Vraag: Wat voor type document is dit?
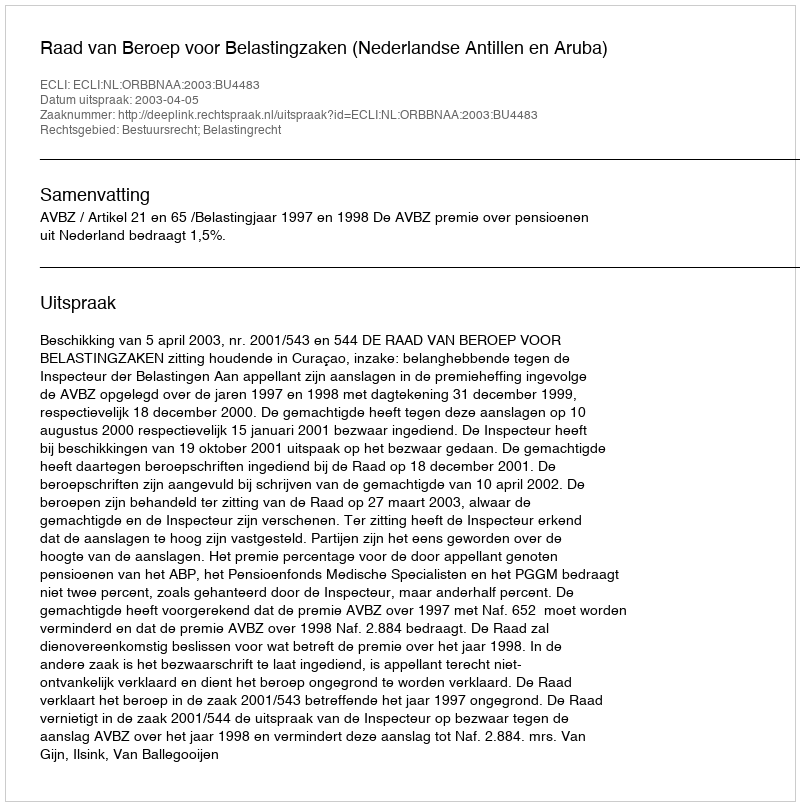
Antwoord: Uitspraak